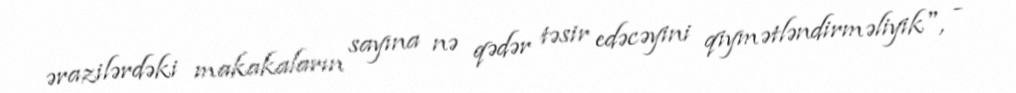
ərazilərdəki makakaların sayına nə qədər təsir edəcəyini qiymətləndirməliyik", -